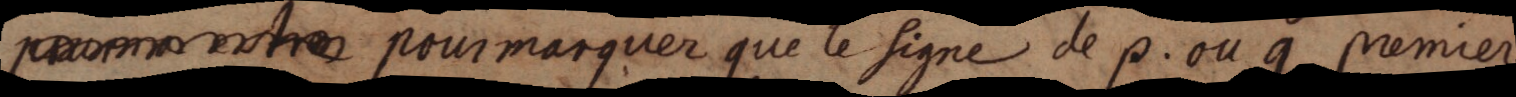
pour marquer que le signe de p. ou q premier